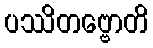
ပဿိတဗ္ဗောတိ